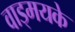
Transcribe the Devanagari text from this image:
वाड्मयके